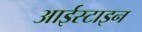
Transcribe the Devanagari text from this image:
आईस्टाइन